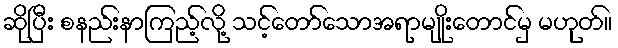
ဆိုပြီး စနည်းနာကြည့်လို့ သင့်တော်သောအရာမျိုးတောင်မှ မဟုတ်။